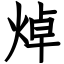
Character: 焯